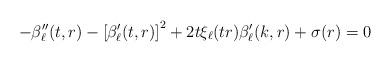
LaTeX: \begin{align*}-\beta_\ell^{\prime\prime}(t,r)-\left[\beta^\prime_\ell(t,r)\right]^2+2t\xi_\ell(tr)\beta^\prime_\ell(k,r)+\sigma(r) = 0\end{align*}